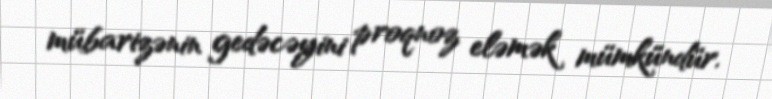
mübarizənin gedəcəyini proqnoz eləmək mümkündür.